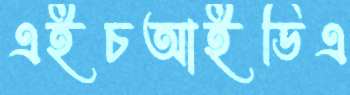
এইচআইডিএ